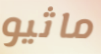
ماثيو